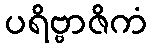
ပရိဗ္ဗာဇိကံ